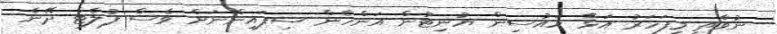
ނުވާތީ މިފަހަރު އަޅާ ހައުސިން ޔުނިޓުން އަންހެން ސިފައިންނަށް ވެސް ފުލެޓް ދޭނެ